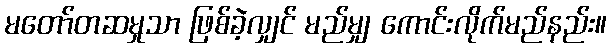
မတော်တဆမှုသာ ဖြစ်ခဲ့လျှင် မည်မျှ ကောင်းလိုက်မည်နည်း။